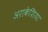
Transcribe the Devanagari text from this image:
अराकेशिया